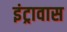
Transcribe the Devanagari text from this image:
इंट्रावास